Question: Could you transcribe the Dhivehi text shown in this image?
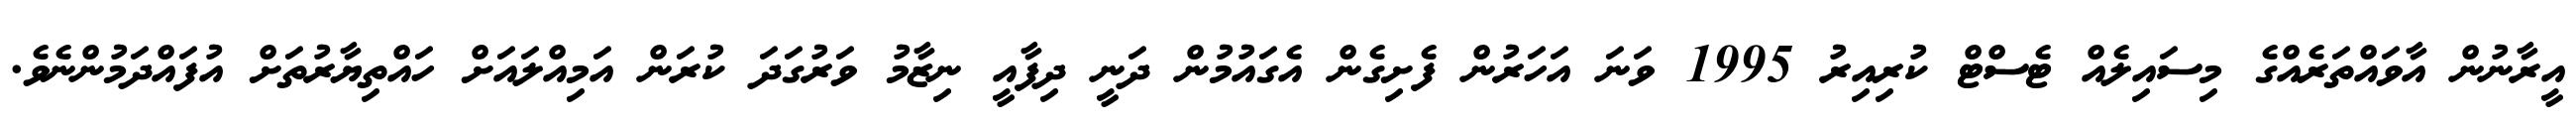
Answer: އީރާނުން އާވައްތަރެއްގެ މިސައިލެއް ޓެސްޓް ކުރިއިރު 1995 ވަނަ އަހަރުން ފެށިގެން އެގައުމުން ދަނީ ދިފާއީ ނިޒާމު ވަރުގަދަ ކުރަން އަމިއްލައަށް ހައްތިޔާރުތަށް އުފައްދަމުންނެވެ.